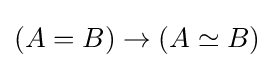
(A=B)\to (A\simeq B)